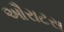
ઔરાટસ